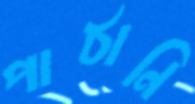
পাঠানি